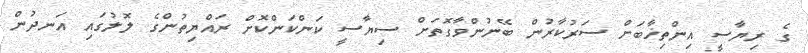
ގެ ރިޔާސީ އިންތިޚާބަށް ސަރުކާރުން ބޭނުންވާގޮތަށް ސިޔާސީ ކަންކަންކޮށް ރައްޔިތުންގެ ލޮލުގައި އަނދުން